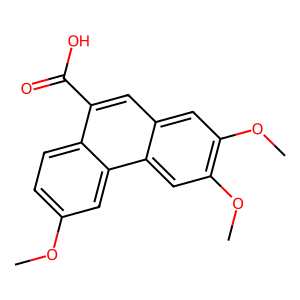
SMILES: COc1ccc2c(C(=O)O)cc3cc(OC)c(OC)cc3c2c1
Inhibits HIV replication: No